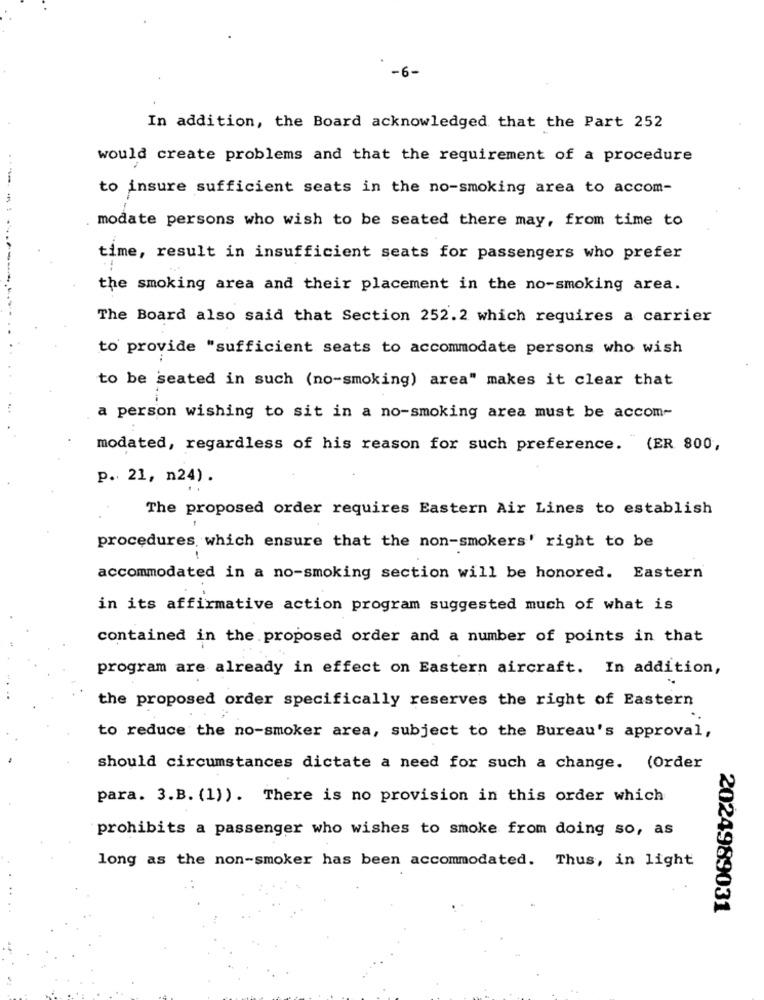
-6 -
In addition, the Board acknowledged that the Part 252
would create problems and that the requirement of a procedure
to insure sufficient seats in the no-smoking area to accom-
modate persons who wish to be seated there may, from time to
time, result in insufficient seats for passengers who prefer
the smoking area and their placement in the no-smoking area.
The Board also said that Section 252.2 which requires a carrier
to provide "sufficient seats to accommodate persons who wish
to be seated in such (no-smoking) area" makes it clear that
a person wishing to sit in a no-smoking area must be accom-
modated, regardless of his reason for such preference. (ER 800,
p. 21, n24) .
The proposed order requires Eastern Air Lines to establish
procedures which ensure that the non-smokers' right to be
accommodated in a no-smoking section will be honored. Eastern
in its affirmative action program suggested much of what is
contained in the proposed order and a number of points in that
program are already in effect on Eastern aircraft. In addition,
the proposed order specifically reserves the right of Eastern
to reduce the no-smoker area, subject to the Bureau's approval,
should circumstances dictate a need for such a change. (Order
para. 3.B. (1)). There is no provision in this order which
prohibits a passenger who wishes to smoke from doing so, as
long as the non-smoker has been accommodated. Thus, in light
2024989031